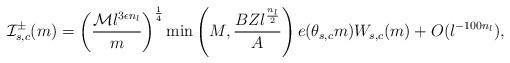
LaTeX: \begin{align*}\mathcal{I}_{s,c}^{\pm}(m)=\left(\frac{\mathcal{M}l^{3\epsilon n_l}}{m}\right)^{\frac{1}{4}}\min\left(M,\frac{BZl^{\frac{n_l}{2}}}{A}\right)e(\theta_{s,c}m)W_{s,c}(m)+O(l^{-100n_l}), \end{align*}